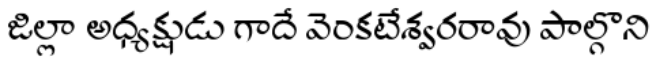
జిల్లా అధ్యక్షుడు గాదే వెంకటేశ్వరరావు పాల్గొని